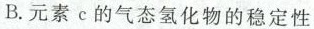
B.元素c的气态氢化物的稳定性